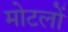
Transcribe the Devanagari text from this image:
मोटलों